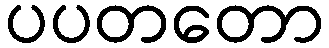
ပပတတော